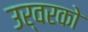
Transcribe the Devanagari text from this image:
उर्वरको